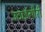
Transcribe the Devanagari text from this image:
उठाईगीरी